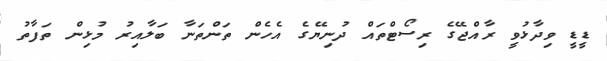
ޑީޑީ ވިދާޅުވީ ރާއްޖޭގެ ރިސޯޓްތައް ދުނިޔޭގެ އެހެން ތަންތަނާ ބަލާއިރު މުޅިން ތަފާތު